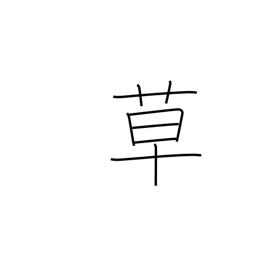
Meaning: herbs